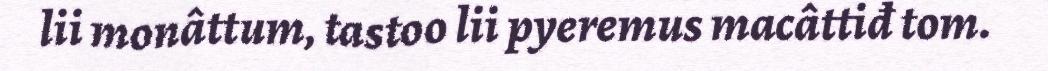
lii monâttum, tastoo lii pyeremus macâttiđ tom.